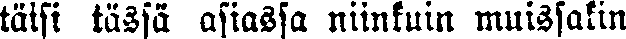
täisi tässä asiassa niinkuin muissakin